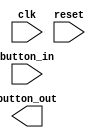
// Pseudocod pentru debouncer
module debouncer(
    output reg button_out,
    input clk,
    input reset,
    input button_in
    );

    always @(posedge clk) begin
        if (reset == 1) begin
            // resetm ieirea i alte auxiliare
        end else begin
            // inem un contor intern de delay, pe care l cretem
            // Reinem schimbrile butonului
            // Actualizm ieirea debouncerului doar cnd contorul revine la 0
        end
    end

endmodule